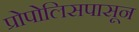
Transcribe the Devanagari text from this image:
प्रोपोलिसपासून